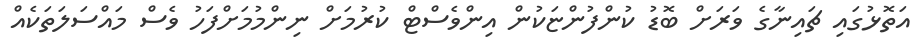
އަތޮޅުގައި ޗައިނާގެ ވަރަށް ބޮޑު ކުންފުންޏަކުން އިންވެސްޓް ކުރުމަށް ނިންމުމަށްފަހު ވެސް މައްސަލަތަކެއް